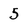
Character: 5